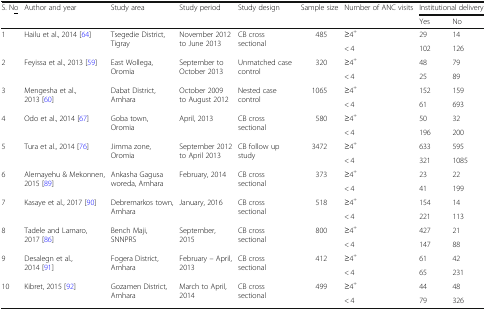
<table><thead><tr><td rowspan="2"><b>S. N<underline>o</underline></b></td><td rowspan="2"><b>Author and year</b></td><td rowspan="2"><b>Study area</b></td><td rowspan="2"><b>Study period</b></td><td rowspan="2"><b>Study design</b></td><td rowspan="2"><b>Sample size</b></td><td rowspan="2"><b>Number of ANC visits</b></td><td colspan="2"><b>Institutional delivery</b></td></tr><tr><td><b>Yes</b></td><td><b>No</b></td></tr></thead><tbody><tr><td rowspan="2">1</td><td rowspan="2">Hailu et al., 2014 [64]</td><td rowspan="2">Tsegedie District, Tigray</td><td rowspan="2">November 2012 to June 2013</td><td rowspan="2">CB cross sectional</td><td rowspan="2">485</td><td>≥4<sup>+</sup></td><td>29</td><td>14</td></tr><tr><td>&lt; 4</td><td>102</td><td>126</td></tr><tr><td rowspan="2">2</td><td rowspan="2">Feyissa et al., 2013 [59]</td><td rowspan="2">East Wollega, Oromia</td><td rowspan="2">September to October 2013</td><td rowspan="2">Unmatched case control</td><td rowspan="2">320</td><td>≥4<sup>+</sup></td><td>48</td><td>79</td></tr><tr><td>&lt; 4</td><td>25</td><td>89</td></tr><tr><td rowspan="2">3</td><td rowspan="2">Mengesha et al., 2013 [60]</td><td rowspan="2">Dabat District, Amhara</td><td rowspan="2">October 2009 to August 2012</td><td rowspan="2">Nested case control</td><td rowspan="2">1065</td><td>≥4<sup>+</sup></td><td>152</td><td>159</td></tr><tr><td>&lt; 4</td><td>61</td><td>693</td></tr><tr><td rowspan="2">4</td><td rowspan="2">Odo et al., 2014 [67]</td><td rowspan="2">Goba town, Oromia</td><td rowspan="2">April, 2013</td><td rowspan="2">CB cross sectional</td><td rowspan="2">580</td><td>≥4<sup>+</sup></td><td>50</td><td>32</td></tr><tr><td>&lt; 4</td><td>196</td><td>200</td></tr><tr><td rowspan="2">5</td><td rowspan="2">Tura et al., 2014 [76]</td><td rowspan="2">Jimma zone, Oromia</td><td rowspan="2">September 2012 to April 2013</td><td rowspan="2">CB follow up study</td><td rowspan="2">3472</td><td>≥4<sup>+</sup></td><td>633</td><td>595</td></tr><tr><td>&lt; 4</td><td>321</td><td>1085</td></tr><tr><td rowspan="2">6</td><td rowspan="2">Alemayehu &amp; Mekonnen, 2015 [89]</td><td rowspan="2">Ankasha Gagusa woreda, Amhara</td><td rowspan="2">February, 2014</td><td rowspan="2">CB cross sectional</td><td rowspan="2">373</td><td>≥4<sup>+</sup></td><td>23</td><td>22</td></tr><tr><td>&lt; 4</td><td>41</td><td>199</td></tr><tr><td rowspan="2">7</td><td rowspan="2">Kasaye et al., 2017 [90]</td><td rowspan="2">Debremarkos town, Amhara</td><td rowspan="2">January, 2016</td><td rowspan="2">CB cross sectional</td><td rowspan="2">518</td><td>≥4<sup>+</sup></td><td>154</td><td>14</td></tr><tr><td>&lt; 4</td><td>221</td><td>113</td></tr><tr><td rowspan="2">8</td><td rowspan="2">Tadele and Lamaro, 2017 [86]</td><td rowspan="2">Bench Maji, SNNPRS</td><td rowspan="2">September, 2015</td><td rowspan="2">CB cross sectional</td><td rowspan="2">800</td><td>≥4<sup>+</sup></td><td>427</td><td>21</td></tr><tr><td>&lt; 4</td><td>147</td><td>88</td></tr><tr><td rowspan="2">9</td><td rowspan="2">Desalegn et al., 2014 [91]</td><td rowspan="2">Fogera District, Amhara</td><td rowspan="2">February – April, 2013</td><td rowspan="2">CB cross sectional</td><td rowspan="2">412</td><td>≥4<sup>+</sup></td><td>61</td><td>42</td></tr><tr><td>&lt; 4</td><td>65</td><td>231</td></tr><tr><td rowspan="2">10</td><td rowspan="2">Kibret, 2015 [92]</td><td rowspan="2">Gozamen District, Amhara</td><td rowspan="2">March to April, 2014</td><td rowspan="2">CB cross sectional</td><td rowspan="2">499</td><td>≥4<sup>+</sup></td><td>44</td><td>48</td></tr><tr><td>&lt; 4</td><td>79</td><td>326</td></tr></tbody></table>